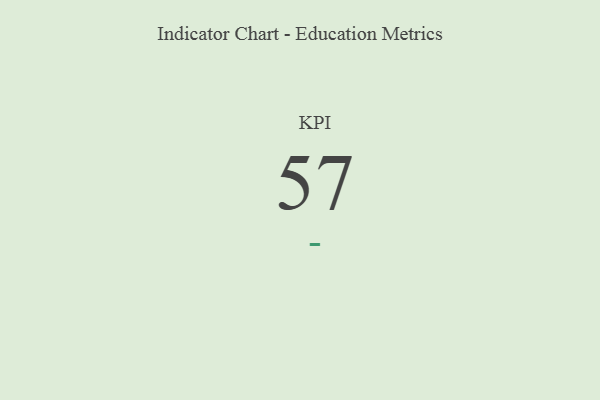
{"axis": {"x": "KPI", "y": "Value"}, "legend": [""], "data": [{"x": "KPI", "y": 57, "type": ""}]}